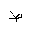
Letter: _da